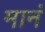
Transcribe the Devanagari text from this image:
मानं